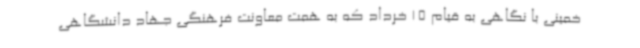
خمینی با نگاهی به قیام 15 خرداد که به همت معاونت فرهنگی جهاد دانشگاهی